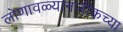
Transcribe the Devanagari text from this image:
लोणावळ्यानजीकच्या